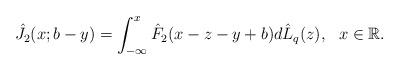
LaTeX: \begin{align*}\hat{J}_2(x;b-y)=\int_{-\infty}^{x}\hat{F}_2(x-z-y+b)d \hat{L}_{q}(z), \ \ x \in \mathbb R.\end{align*}